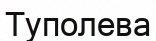
Туполева